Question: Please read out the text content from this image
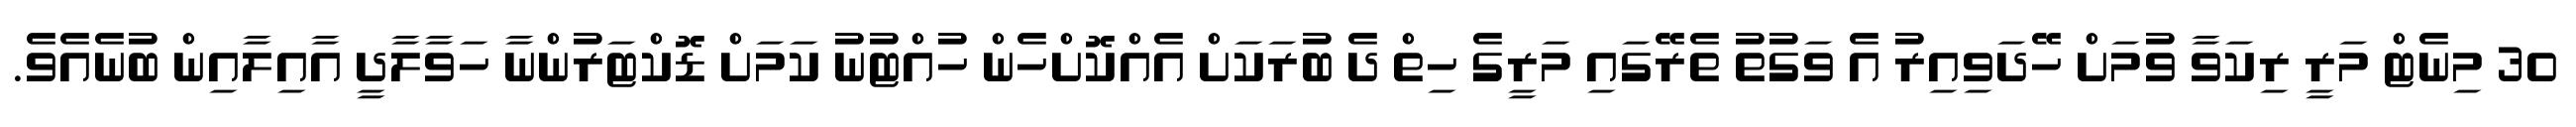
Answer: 30 މިނެޓް މަރީ ރިކަވާ ވުމަށް ހޭދަވިއިރު އެ ވަގުތު ތެރޭގައި މަރީގެ ހިތް ދެ ބުރަކަށް އެއްކޮށްހެން ހުއްޓުނު ކަމަށް ޑޮކްޓަރުންނާ ހަވާލާދީ އާއިލާއިން ބުނެއެވެ.